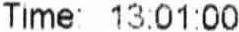
TIME: 13:01:00